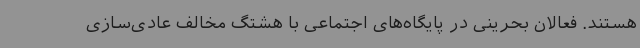
هستند. فعالان بحرینی در پایگاه‌های اجتماعی با هشتگ مخالف عادی‌سازی